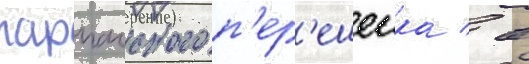
парпачского п'ер'ешеика / в